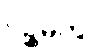
ပဉ္စမတွဲ။